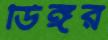
ডিঙ্গর